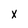
Character: x